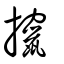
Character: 攛